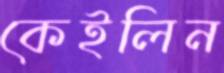
কেইলিন